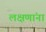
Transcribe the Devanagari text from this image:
लक्षणांना